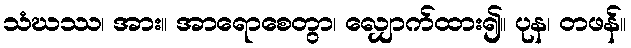
သံဃဿ၊ အား။ အာရောစေတွာ၊ လျှောက်ထား၍။ ပုန၊ တဖန်။